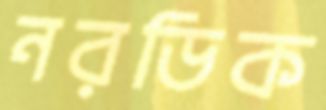
নরডিক